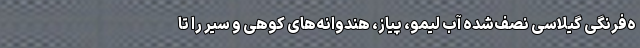
ه‌فرنگی گیلاسی نصف‌شده آب لیمو، پیاز، هندوانه‌های کوهی و سیر را تا